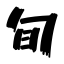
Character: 旬